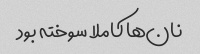
نان‌ها کاملا سوخته بود